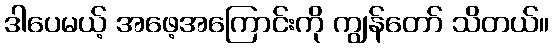
ဒါပေမယ့် အဖေ့အကြောင်းကို ကျွန်တော် သိတယ်။